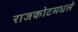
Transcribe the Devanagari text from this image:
राजकोटमधले